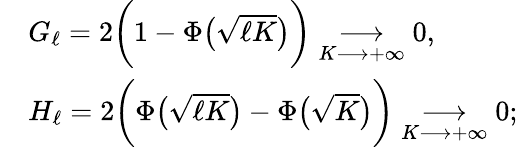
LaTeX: \begin{array}{rl}&{G_{\ell}=2\bigg(1-\Phi\big(\sqrt{\ell K}\big)\bigg)\underset{K\longrightarrow+\infty}{\longrightarrow}0,}\\ &{H_{\ell}=2\bigg(\Phi\big(\sqrt{\ell K}\big)-\Phi\big(\sqrt{K}\big)\bigg)\underset{K\longrightarrow+\infty}{\longrightarrow}0;}\end{array}